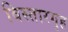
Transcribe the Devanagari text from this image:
विस्तारगृह